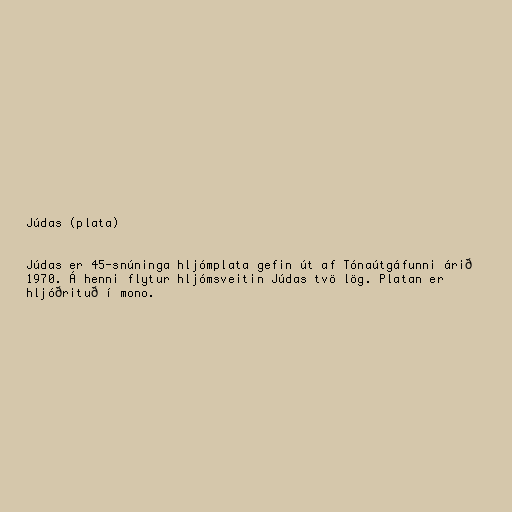
Júdas (plata)

Júdas er 45-snúninga hljómplata gefin út af Tónaútgáfunni árið
1970. Á henni flytur hljómsveitin Júdas tvö lög. Platan er
hljóðrituð í mono.